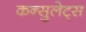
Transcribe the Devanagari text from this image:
कन्सुलेट्स